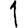
Digit: 1